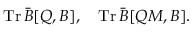
\mathrm { T r } \, \bar { B } [ Q , B ] , \quad \mathrm { T r } \, \bar { B } [ Q M , B ] .